Report of the Imperial Institute of Veterinary Research, Muktesar
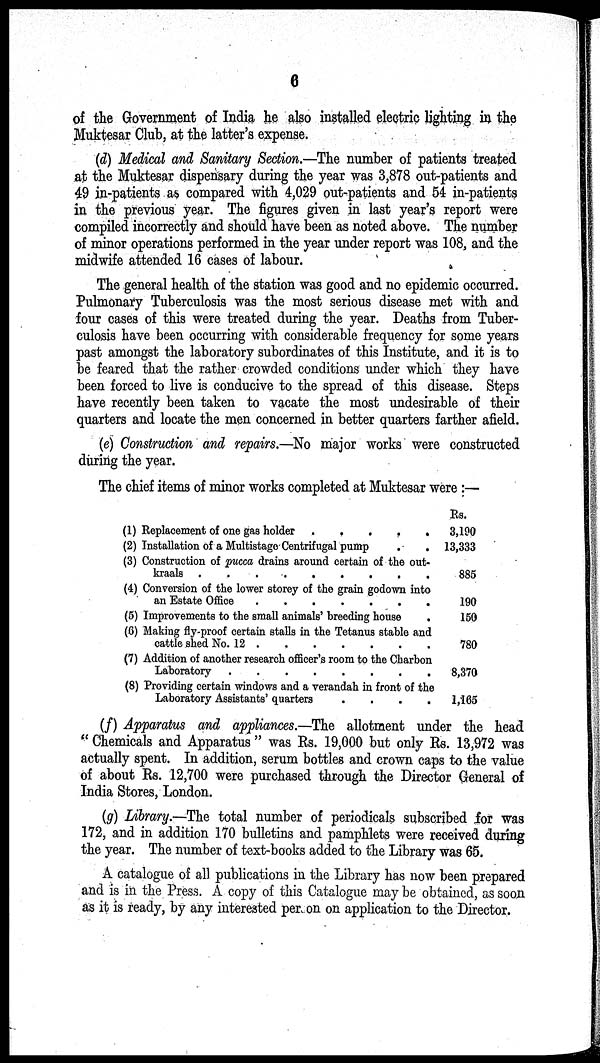
6
of the Government of India he also installed electric lighting in the
Muktesar Club, at the latter's expense.
(d) Medical and Sanitary Section.—The number of patients treated
at the Muktesar dispensary during the year was 3,878 out-patients and
49 in-patients as compared with 4,029 out-patients and 54 in-patients
in the previous year. The figures given in last year's report were
compiled incorrectly and should have been as noted above. The number
of minor operations performed in the year under report was 108, and the
midwife attended 16 cases of labour.
The general health of the station was good and no epidemic occurred.
Pulmonary Tuberculosis was the most serious disease met with and
four cases of this were treated during the year. Deaths from Tuber-
culosis have been occurring with considerable frequency for some years
past amongst the laboratory subordinates of this Institute, and it is to
be feared that the rather crowded conditions under which they have
been forced to live is conducive to the spread of this disease. Steps
have recently been taken to vacate the most undesirable of their
quarters and locate the men concerned in better quarters farther afield.
(e) Construction and repairs.—No major works were constructed
during the year.
The chief items of minor works completed at Muktesar were :—
(1) Replacement of one gas holder .
,
.
.
.
(2) Installation of a Multistage Centrifugal pump
.
.
(3) Construction of pucca drains around certain of the out-
(4) Conversion of the lower storey of the grain godown into
an Estate Office
(5) Improvements to the small animals' breeding house
.
(C) Making fly-proof certain stalls in the Tetanus stable and
cattle shed No. 12
(7) Addition of another research officer's room to the Charbon
(8) Providing certain windows and a verandah in front of the
Laboratory Assistants' quarters
....
Rs.
3,190
13,333
885
190
150
780
8,370
1,165
(f) Apparatus and appliances.—The allotment under the head
" Chemicals and Apparatus " was Rs. 19,000 but only Rs. 13,972 was
actually spent. In addition, serum bottles and crown caps to the value
of about Rs. 12,700 were purchased through the Director General of
India Stores, London.
(g) Library.—The total number of periodicals subscribed for was
172, and in addition 170 bulletins and pamphlets were received during
the year. The number of text-books added to the Library was 65.
A catalogue of all publications in the Library has now been prepared
and is in the Press. A copy of this Catalogue may be obtained, as soon
as it is ready, by any interested per on on application to the Director.